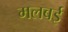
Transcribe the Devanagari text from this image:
मलबई